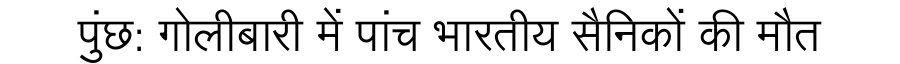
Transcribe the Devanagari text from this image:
पुंछ: गोलीबारी में पांच भारतीय सैनिकों की मौत